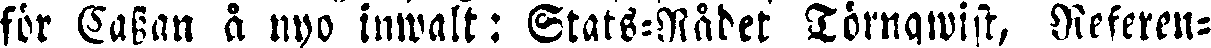
för Sagan å nyo inwalt: Stats-Rådet Törnqwist, Referen-